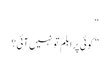
“
” کوئی پرابلم تو نہیں آئی؟